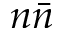
n \bar { n }